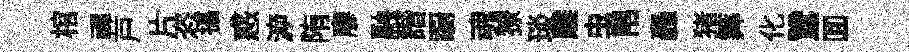
棺禪戸片恣攝惑㴑陏廖融諧蹰魂獠琰雕虫帛轟猪筭化鵞囬